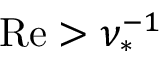
\mathrm { R e } > \nu _ { * } ^ { - 1 }